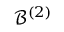
\mathcal { B } ^ { ( 2 ) }